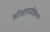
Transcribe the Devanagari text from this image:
सीआरजे७००